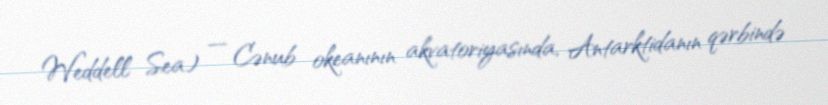
Weddell Sea) — Cənub okeanının akvatoriyasında, Antarktidanın qərbində